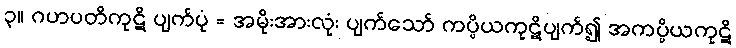
၃။ ဂဟပတိကုဋိ ပျက်ပုံ = အမိုးအားလုံး ပျက်သော် ကပ္ပိယကုဋိပျက်၍ အကပ္ပိယကုဋိ